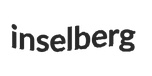
inselberg